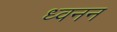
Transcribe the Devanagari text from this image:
ध्वनन